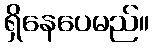
ရှိနေပေမည်။